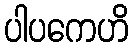
ပါပကေဟိ